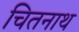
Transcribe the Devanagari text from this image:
चितनाथ